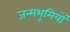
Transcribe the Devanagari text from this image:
जन्मभूमियों